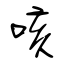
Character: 咳